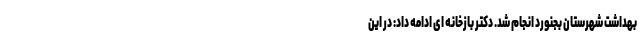
بهداشت شهرستان بجنورد انجام شد. دکتر بازخانه ای ادامه داد: در این